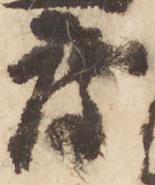
度